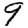
Digit: 9